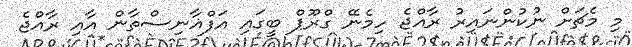
މި މެޗަށް ނުކުންނައިރު ރާއްޖެ ހިމެނޭ ގްރޫޕް ބީގައި އަފްޣާނިސްތާން އާއި ރާއްޖެ